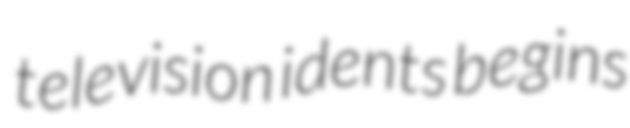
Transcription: television idents begins